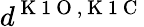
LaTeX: d^{\mathrm{~K~1~O~},\mathrm{~K~1~C~}}